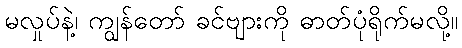
မလှုပ်နဲ့၊ ကျွန်တော် ခင်ဗျားကို ဓာတ်ပုံရိုက်မလို့။